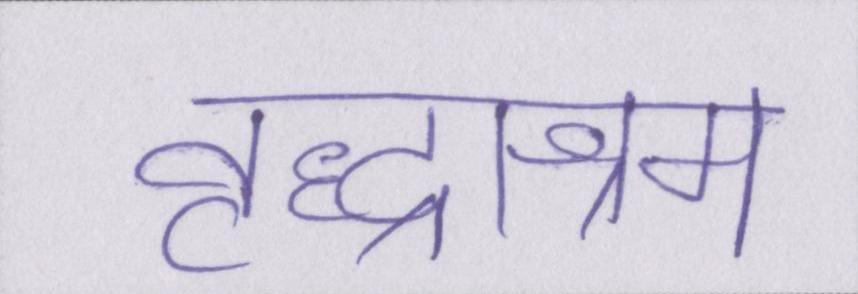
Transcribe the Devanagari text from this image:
वृद्धाश्रम